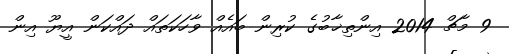
9 މާޗް 2014 އިންތިޚާބުގެ ކުރިން ބައެއް ވާހަކަތައް ދައްކަން އީޔޫ އިން